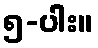
၅-ပါး။